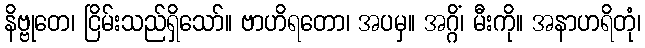
နိဗ္ဗုတေ၊ ငြိမ်းသည်ရှိသော်။ ဗာဟိရတော၊ အပမှ။ အဂ္ဂိံ၊ မီးကို။ အနာဟရိတုံ၊